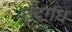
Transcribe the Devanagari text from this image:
छंदगंध